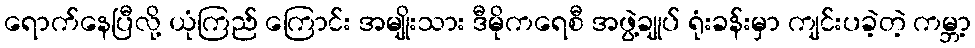
ရောက်နေပြီလို့ ယုံကြည် ကြောင်း အမျိုးသား ဒီမိုကရေစီ အဖွဲ့ချုပ် ရုံးခန်းမှာ ကျင်းပခဲ့တဲ့ ကမ္ဘာ့